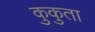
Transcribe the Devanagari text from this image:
कुकुता